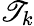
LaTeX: \mathscr{T}_{k}